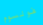
فولسوم